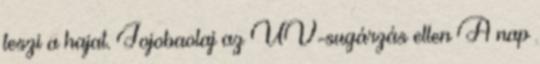
teszi a hajat. Jojobaolaj az UV-sugárzás ellen A nap